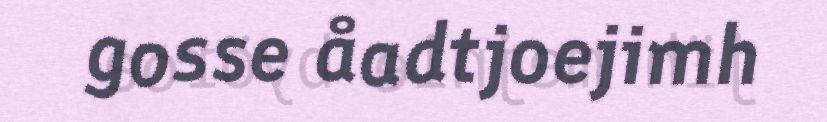
gosse åadtjoejimh